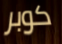
كوبر